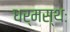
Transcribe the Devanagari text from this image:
धर्मस्थः